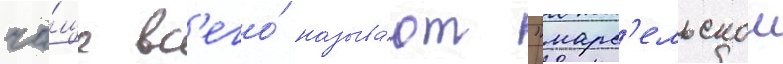
ча́ще вс'его́ называ́ют "марс'ельскои